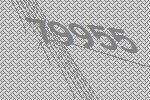
79955